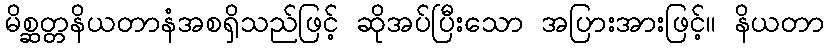
မိစ္ဆတ္တနိယတာနံအစရှိသည်ဖြင့် ဆိုအပ်ပြီးသော အပြားအားဖြင့်။ နိယတာ